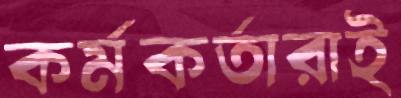
কর্মকর্তারাই